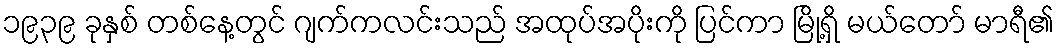
၁၉၃၉ ခုနှစ် တစ်နေ့တွင် ဂျက်ကလင်းသည် အထုပ်အပိုးကို ပြင်ကာ မြို့ရှိ မယ်တော် မာရီ၏